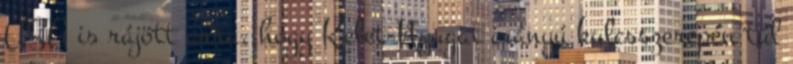
USA is rájött arra, hogy Kelet-Nyugat irányú kulcsszerepén túl